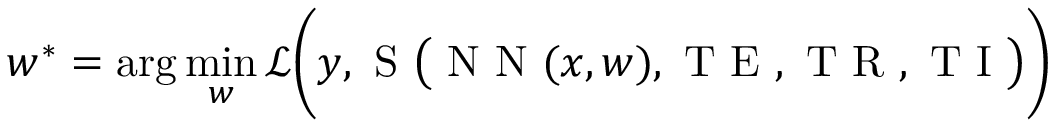
\boldsymbol { w ^ { * } } = \arg \operatorname* { m i n } _ { \boldsymbol { w } } \mathcal { L } \bigg ( \boldsymbol { y } , \mathrm { ~ S ~ } \big ( \mathrm { ~ N ~ N ~ } ( \boldsymbol { x } , \boldsymbol { w } ) , \mathrm { ~ T ~ E ~ } , \mathrm { ~ T ~ R ~ } , \mathrm { ~ T ~ I ~ } \big ) \bigg )